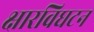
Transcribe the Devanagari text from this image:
क्षारविघटन